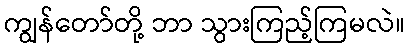
ကျွန်တော်တို့ ဘာ သွားကြည့်ကြမလဲ။